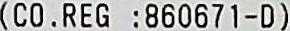
(CO. REG :860671-D)